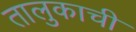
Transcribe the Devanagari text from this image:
तालुकाची